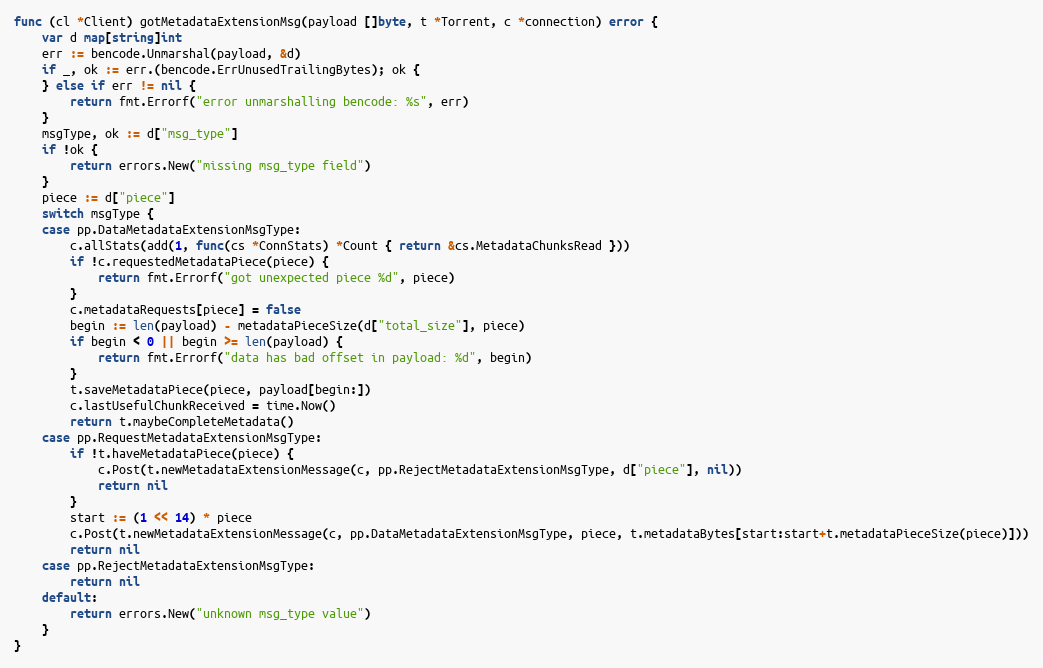
Language: Go
func (cl *Client) gotMetadataExtensionMsg(payload []byte, t *Torrent, c *connection) error {
	var d map[string]int
	err := bencode.Unmarshal(payload, &d)
	if _, ok := err.(bencode.ErrUnusedTrailingBytes); ok {
	} else if err != nil {
		return fmt.Errorf("error unmarshalling bencode: %s", err)
	}
	msgType, ok := d["msg_type"]
	if !ok {
		return errors.New("missing msg_type field")
	}
	piece := d["piece"]
	switch msgType {
	case pp.DataMetadataExtensionMsgType:
		c.allStats(add(1, func(cs *ConnStats) *Count { return &cs.MetadataChunksRead }))
		if !c.requestedMetadataPiece(piece) {
			return fmt.Errorf("got unexpected piece %d", piece)
		}
		c.metadataRequests[piece] = false
		begin := len(payload) - metadataPieceSize(d["total_size"], piece)
		if begin < 0 || begin >= len(payload) {
			return fmt.Errorf("data has bad offset in payload: %d", begin)
		}
		t.saveMetadataPiece(piece, payload[begin:])
		c.lastUsefulChunkReceived = time.Now()
		return t.maybeCompleteMetadata()
	case pp.RequestMetadataExtensionMsgType:
		if !t.haveMetadataPiece(piece) {
			c.Post(t.newMetadataExtensionMessage(c, pp.RejectMetadataExtensionMsgType, d["piece"], nil))
			return nil
		}
		start := (1 << 14) * piece
		c.Post(t.newMetadataExtensionMessage(c, pp.DataMetadataExtensionMsgType, piece, t.metadataBytes[start:start+t.metadataPieceSize(piece)]))
		return nil
	case pp.RejectMetadataExtensionMsgType:
		return nil
	default:
		return errors.New("unknown msg_type value")
	}
}